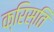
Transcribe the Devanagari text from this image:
क्रिस्ति